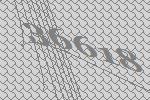
36618